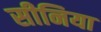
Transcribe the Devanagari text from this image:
सीनिया